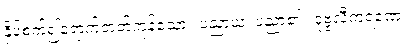
နှိပ်စက်၍ရောက်တတ်ကုန်သော။ ပညာယ၊ ပညာ၏။ ဒုဗ္ဗလီကရဏေ၊